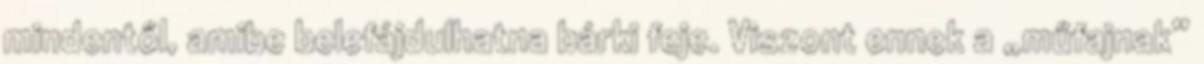
mindentől, amibe belefájdulhatna bárki feje. Viszont ennek a „műfajnak”